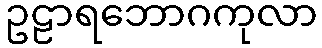
ဥဠာရဘောဂကုလာ